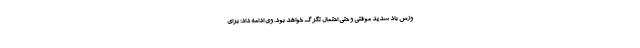
وزش باد شدید موقتی و حتی احتمال تگرگ خواهد بود. وی ادامه داد: برای